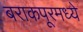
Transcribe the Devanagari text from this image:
बराकपूरमध्ये